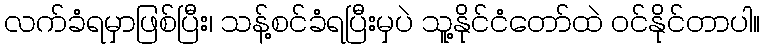
လက်ခံရမှာဖြစ်ပြီး၊ သန့်စင်ခံရပြီးမှပဲ သူ့နိုင်ငံတော်ထဲ ဝင်နိုင်တာပါ။